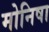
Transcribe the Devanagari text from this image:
मोनिषा